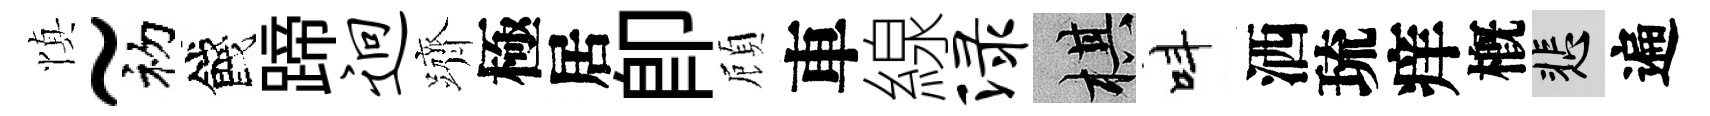
慎~初餞蹄迥躋極居卽頋車線渌棋呌洒琉痒槪悲遍